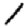
Digit: 1